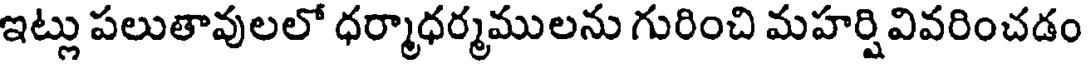
ఇట్లు పలుతావులలో ధర్మాధర్మములను గురించి మహర్షివివరించడం